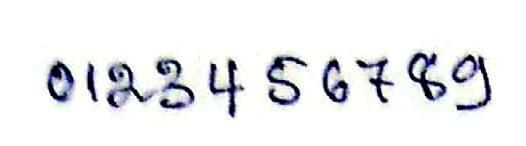
0123456789